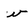
Character: v